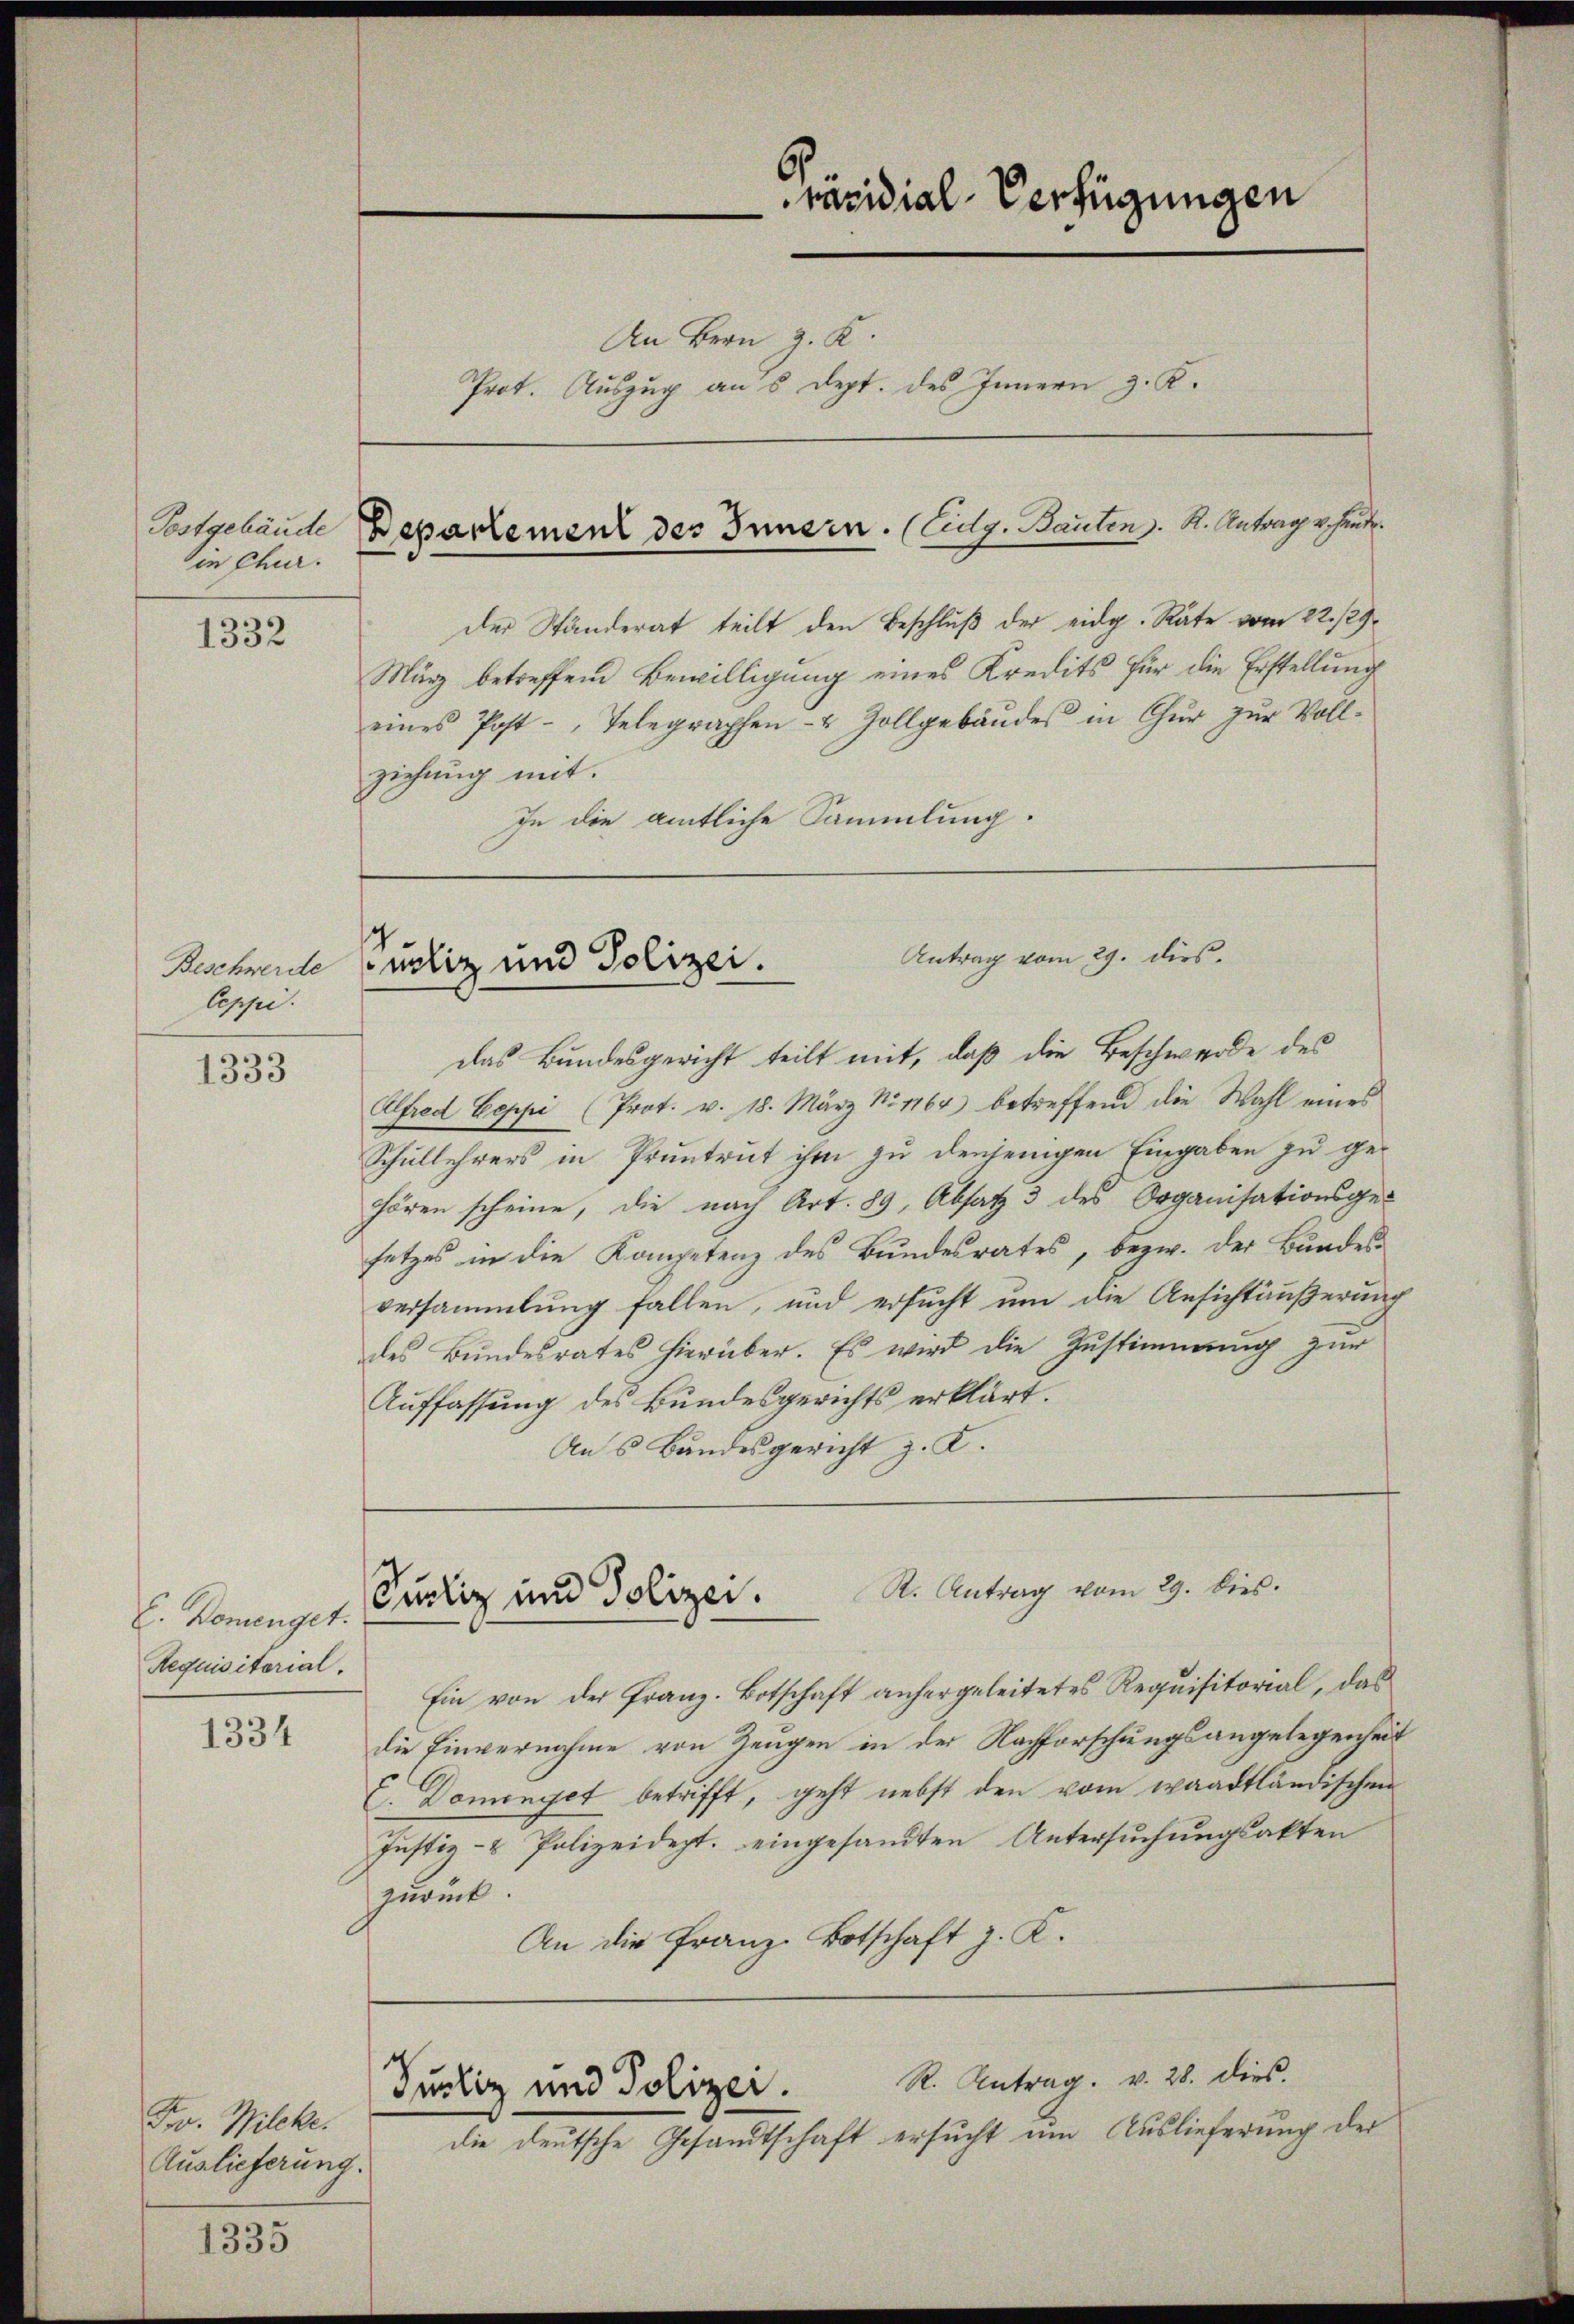
in Chur.

1332

Beschwerde
Ceppi.

1333

E. Komenget.
Requisitorial.

1334

Fo. Wilcke.
Auslieferung.

1335

das Bundesgericht teilt mit, daß die Beschwerde des
Alfred Eeppi (Prot. v. 18. März Nr 1164) betreffend die Wahl eines
Schullehrers in Pruntrut ihm zu denjenigen Eingaben zu ge-
hören scheine, die nach Art. 89, Absatz 3 des Organisationsge-
setzes in die Kompetenz des Bundesrates, bezw. der Bundes-
versammlung fallen, und ersucht um die Ansichtäußerung
des Bundesrates hierüber. Es wird die Zustimmung zur
Auffassung des Bundesgerichts erklärt.
Ans Bandesgericht z. K.

räsidial-Verfügungen
An Bern z. K.
Prot. Auszug aus dept. des Innern z. K.

der Ständerat teilt den Beschluß der eidg. Räte vom 22./29.
März betreffend Bewilligung eines Kredits für die Erstellung
eines Post-, Telegraphen- & Zollgebäŭdes in Chŭr zŭr Voll-
ziehung mit.
In die amtliche Sammlung.

Postgebäude Departement des Innern. (Eidg. Bauten. R. Antrag v. Hande.

Antrag vom 29. dies.
Puoliz und Polizei.

Ein von der Franz-Botschaft anhergeleitetes Requisitorial, das
die Einvernahme von Zeugen in der Nachforschungsangelegenheit
E. Dominyet betrifft, geht nebst den vom waadtländischen
Justiz- & Polizeidept. eingesandten Untersuchungsakten
zurück.
An die Franz-Botschaft z. K.
R. Antrag. v. 28. dies.
Justiz und Polizei.
die deutsche Gesandtschaft ersucht um Auslieferung der

R. Antrag vom 29. dies.
Sucliz und Polizei.